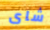
شاى